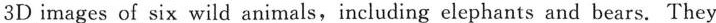
3D images of six wild animals,including elephants and bears. They